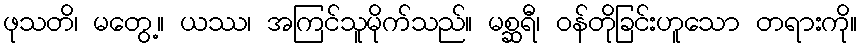
ဖုသတိ၊ မတွေ့။ ယဿ၊ အကြင်သူမိုက်သည်။ မစ္ဆရီ၊ ဝန်တိုခြင်းဟူသော တရားကို။